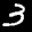
Label: 3